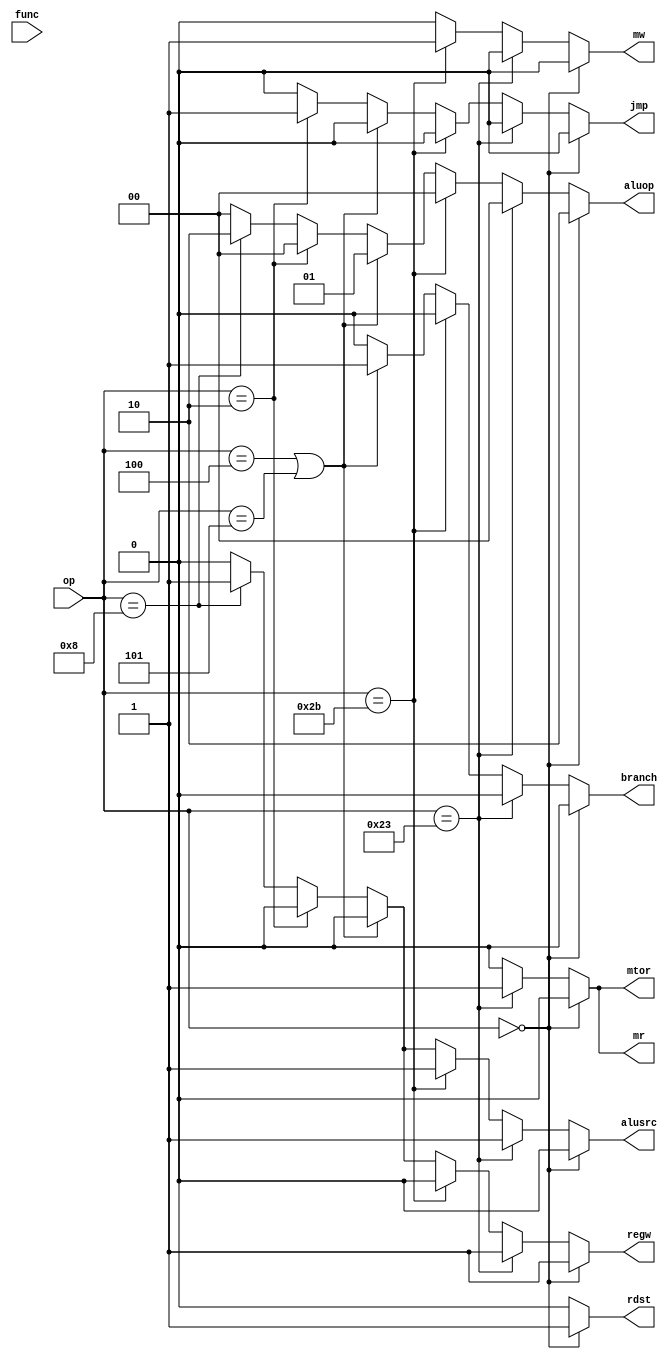
`timescale 1ns / 1ps
/*
 *	Description:  		Control Unit for Single Cycle CPU
 * Revisions:
 *   2012-June-5		Initial Release
 */
 
 module ee457_scpu_cu(
  // Machine instruction opcodes
  input [5:0] op,
  input [5:0] func,

  // Control signals to be generated
  output reg	   branch,
  output reg 	   jmp,
  output reg 	   mr,
  output reg 	   mw,
  output reg 	   regw,
  output reg 	   mtor,
  output reg 	   rdst,
  output reg 	   alusrc,
  output reg [1:0] aluop
     
  );

    // Use these for opcode decoding
    localparam OP_LW    = 6'b100011;
    localparam OP_SW    = 6'b101011;
    localparam OP_RTYPE = 6'b000000;
    localparam OP_BEQ   = 6'b000100;
    localparam OP_BNE   = 6'b000101;
    localparam OP_JMP   = 6'b000010;
    localparam OP_ADDI  = 6'b001000;
    localparam OP_JAL   = 6'b000011;
    localparam FUNC_ADD = 6'b100000;
    localparam FUNC_SUB = 6'b100010;
    localparam FUNC_AND = 6'b100100;
    localparam FUNC_OR  = 6'b100101;
    localparam FUNC_XOR = 6'b100110;
    localparam FUNC_NOR = 6'b100111;
    localparam FUNC_SLT = 6'b101010;
    localparam FUNC_SLL = 6'b000000;
    localparam FUNC_SRL = 6'b000010;
    localparam FUNC_SRA = 6'b000011;
    localparam FUNC_JR  = 6'b001000;

    always @*
    begin
    branch = 1'b0;
    jmp = 1'b0;
    rdst = 1'b0;
    alusrc = 1'b0;
    aluop = 2'b00;
    regw = 1'b0;
    mr = 1'b0;
    mw = 1'b0;
    mtor = 1'b0;
    if (op == OP_RTYPE)
        begin
        rdst = 1'b1;
        alusrc = 1'b0;
        aluop = 2'b10;
        regw = 1'b1;
        mtor = 1'b0;
        end
    else if (op == OP_LW)
        begin
        rdst = 1'b0;
        alusrc = 1'b1;
        aluop = 2'b00;
        regw = 1'b1;
        mr = 1'b1;
        mtor = 1'b1;
        end
    else if (op == OP_SW)
        begin
        alusrc = 1'b1;
        aluop = 2'b00;
        mw = 1'b1;      
        end
    else if (op == OP_BEQ || op == OP_BNE)
        begin
        branch = 1'b1;
        alusrc = 1'b0;
        aluop = 2'b01;                
        end
    else if (op == OP_JMP)
        begin
        jmp = 1'b1;                        
        end
    else if (op == OP_ADDI)
        begin
        rdst = 1'b0;
        alusrc = 1'b1;
        aluop = 2'b10;
        regw = 1'b1;
        mtor = 1'b0;
        end

    end
endmodule